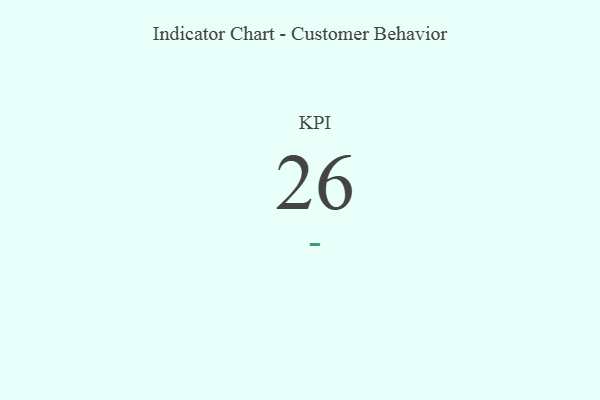
{"axis": {"x": "KPI", "y": "Value"}, "legend": [""], "data": [{"x": "KPI", "y": 26, "type": ""}]}